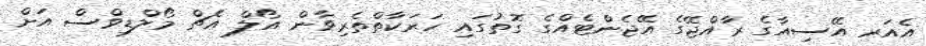
އެއަރ އޭސިއާގެ ރާއްޖޭގެ އޭޖެންޓެއްގެ ގޮތުގައި ހަރަކާތްތެރިވާން އޯލް އެޗް މޯލްޑިވްސް އަށް